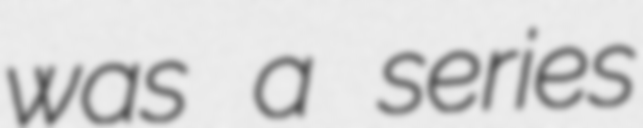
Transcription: was a series